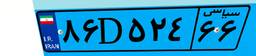
۸۶D۵۲۴۶۶